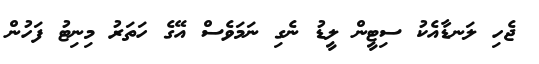
ޖެހި ލަނޑާއެކު ސިޓީން ލީޑު ނެގި ނަމަވެސް އޭގެ ހަތަރު މިނިޓު ފަހުން